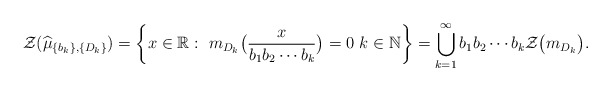
\begin{align*}\mathcal{Z}(\widehat{\mu}_{\{b_k\},\{D_k\}})=\left\{x \in \mathbb{R}:~ m_{D_{k}}\big(\frac{x}{b_1b_2\cdots b_k}\big)=0 ~k \in \mathbb{N}\right\}=\bigcup_{k=1}^{\infty}b_1b_2\cdots b_k\mathcal{Z}\big(m_{D_k}\big).\end{align*}